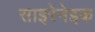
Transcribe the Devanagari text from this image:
साइरेनेइक